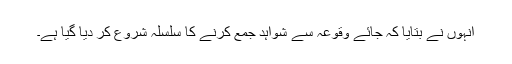
انہوں نے بتایا کہ جائے وقوعہ سے شواہد جمع کرنے کا سلسلہ شروع کر دیا گیا ہے۔